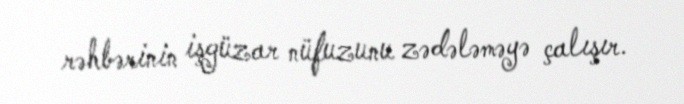
rəhbərinin işgüzar nüfuzunu zədələməyə çalışır.